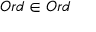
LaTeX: O r d \in O r d